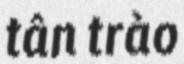
tân trào